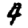
Digit: 4